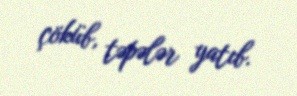
çöküb, təpələr yatıb.